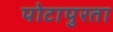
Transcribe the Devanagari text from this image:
पोटापुरता